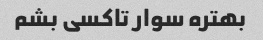
بهتره سوار تاکسی بشم